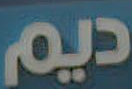
ديم